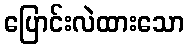
ပြောင်းလဲထားသော